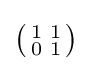
{\bigl (}{\begin{smallmatrix}1&1\\0&1\end{smallmatrix}}{\bigr )}